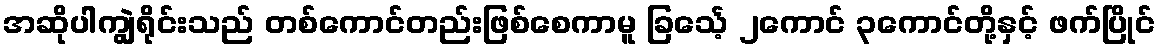
အဆိုပါကျွဲရိုင်းသည် တစ်ကောင်တည်းဖြစ်စေကာမူ ခြင်္သေ့ ၂ကောင် ၃ကောင်တို့နှင့် ဖက်ပြိုင်